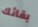
بقائك